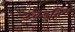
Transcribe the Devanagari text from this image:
उवेइतिस